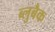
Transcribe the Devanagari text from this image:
ब्लुबैक